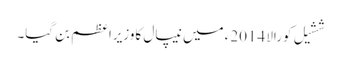
ششیل کورالا 2014ء میں نیپال کاوزیراعظم بن گیا۔